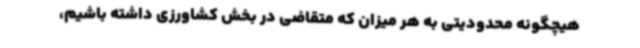
هیچگونه محدودیتی به هر میزان که متقاضی در بخش کشاورزی داشته باشیم،